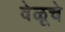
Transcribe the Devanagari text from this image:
वेळूचे